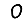
Digit: 0